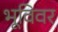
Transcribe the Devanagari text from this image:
भूविवर